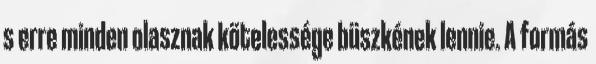
s erre minden olasznak kötelessége büszkének lennie. A formás